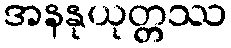
အနနုယုတ္တဿ